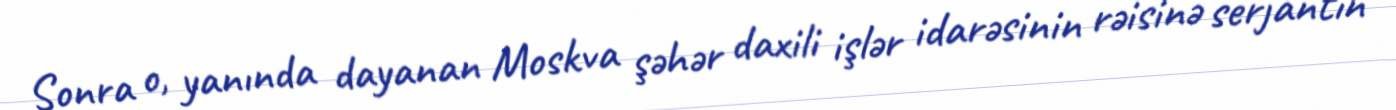
Sonra o, yanında dayanan Moskva şəhər daxili işlər idarəsinin rəisinə serjantın